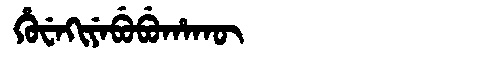
Manchu: ᡥᡠᠸᡝᡴᡳᠶᡝᠪᡠᠪᡠᡥᠠᡴᡡ
Romanization: HUWEKIYEBUBUHAKŪ